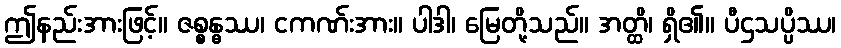
ဤနည်းအားဖြင့်။ ဇစ္စန္ဓဿ၊ ငကဏ်းအား။ ပါဒါ၊ မြေတို့သည်။ အတ္ထိ၊ ရှိ၏။ ပီဌသပ္ပိဿ၊